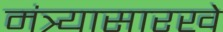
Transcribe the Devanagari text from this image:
मंत्र्यासारखे